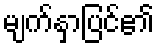
မျက်နှာပြင်၏